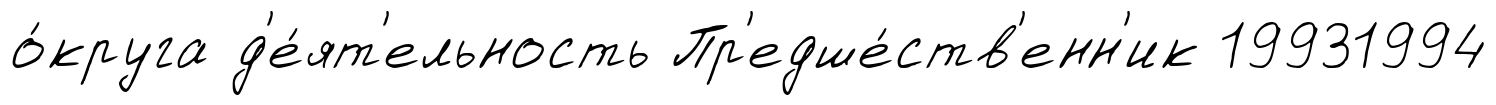
о́круга д'е́ят'ельность Пр'едше́ств'енн'ик 19931994